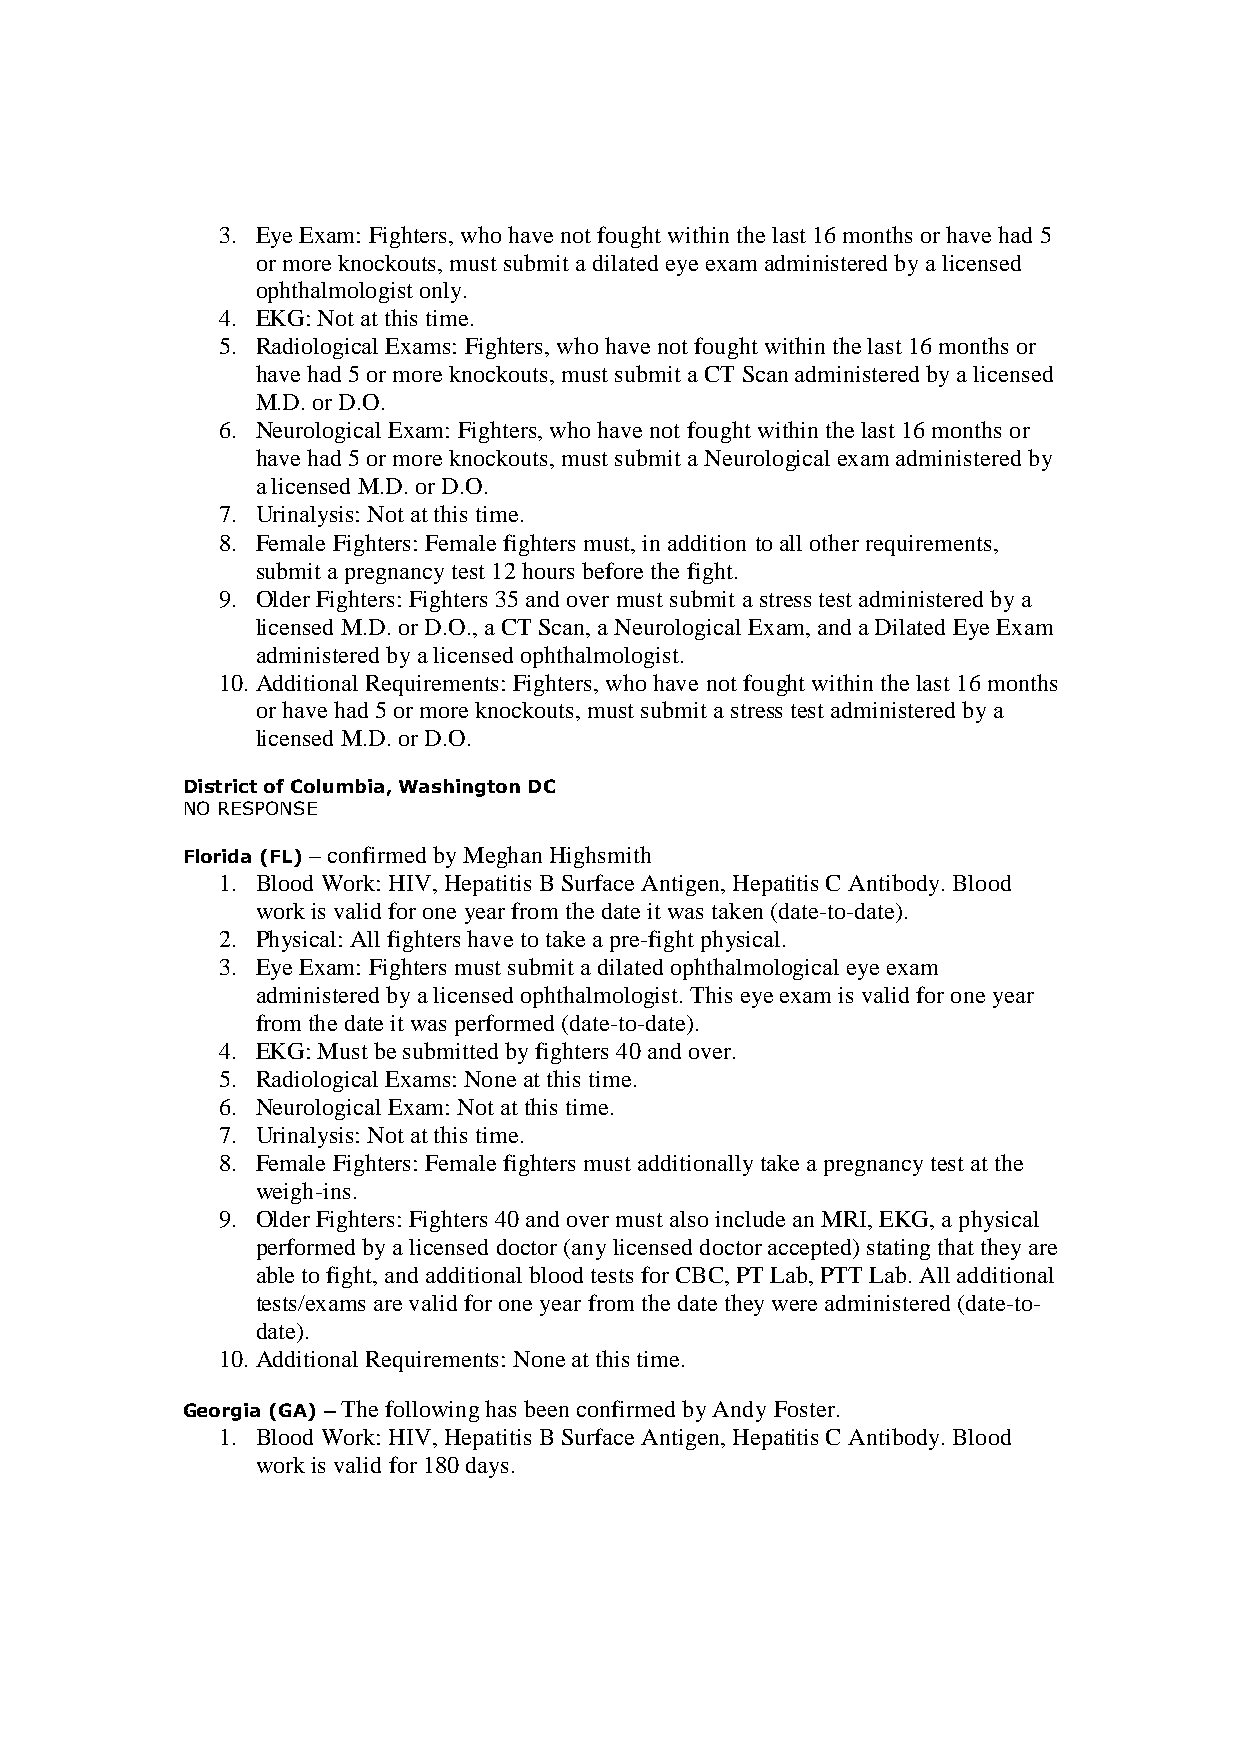
3. Eye Exam: Fighters, who have not fought within the last 16 months or have had 5
 or more knockouts, must submit a dilated eye exam administered by a licensed
 ophthalmologist only.
 4. EKG: Not at this time.
 5. Radiological Exams: Fighters, who have not fought within the last 16 months or
 have had 5 or more knockouts, must submit a CT Scan administered by a licensed
 M.D. or D.O.
 6. Neurological Exam: Fighters, who have not fought within the last 16 months or
 have had 5 or more knockouts, must submit a Neurological exam administered by
 a licensed M.D. or D.O.
 7. Urinalysis: Not at this time.
 8. Female Fighters: Female fighters must, in addition to all other requirements,
 submit a pregnancy test 12 hours before the fight.
 9. Older Fighters: Fighters 35 and over must submit a stress test administered by a
 licensed M.D. or D.O., a CT Scan, a Neurological Exam, and a Dilated Eye Exam
 administered by a licensed ophthalmologist.
 10. Additional Requirements: Fighters, who have not fought within the last 16 months
 or have had 5 or more knockouts, must submit a stress test administered by a
 licensed M.D. or D.O.
 District of Columbia, Washington DC
 NO RESPONSE
 Florida (FL) – confirmed by Meghan Highsmith
 1. Blood Work: HIV, Hepatitis B Surface Antigen, Hepatitis C Antibody. Blood
 work is valid for one year from the date it was taken (date-to-date).
 2. Physical: All fighters have to take a pre-fight physical.
 3. Eye Exam: Fighters must submit a dilated ophthalmological eye exam
 administered by a licensed ophthalmologist. This eye exam is valid for one year
 from the date it was performed (date-to-date).
 4. EKG: Must be submitted by fighters 40 and over.
 5. Radiological Exams: None at this time.
 6. Neurological Exam: Not at this time.
 7. Urinalysis: Not at this time.
 8. Female Fighters: Female fighters must additionally take a pregnancy test at the
 weigh-ins.
 9. Older Fighters: Fighters 40 and over must also include an MRI, EKG, a physical
 performed by a licensed doctor (any licensed doctor accepted) stating that they are
 able to fight, and additional blood tests for CBC, PT Lab, PTT Lab. All additional
 tests/exams are valid for one year from the date they were administered (date-to-
 date).
 10. Additional Requirements: None at this time.
 Georgia (GA) –––– The following has been confirmed by Andy Foster.
 1. Blood Work: HIV, Hepatitis B Surface Antigen, Hepatitis C Antibody. Blood
 work is valid for 180 days.